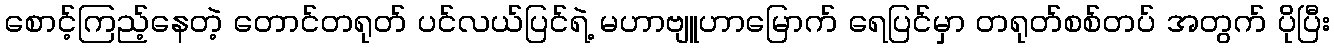
စောင့်ကြည့်နေတဲ့ တောင်တရုတ် ပင်လယ်ပြင်ရဲ့ မဟာဗျူဟာမြောက် ရေပြင်မှာ တရုတ်စစ်တပ် အတွက် ပိုပြီး